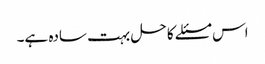
اس مسئلے کا حل بہت سادہ ہے۔